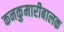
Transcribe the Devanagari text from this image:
कनकुमारीबालक